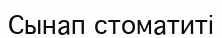
Cынап стоматиті